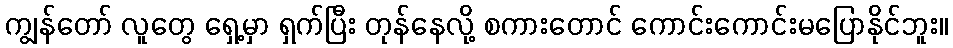
ကျွန်တော် လူတွေ ရှေ့မှာ ရှက်ပြီး တုန်နေလို့ စကားတောင် ကောင်းကောင်းမပြောနိုင်ဘူး။